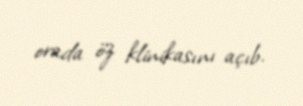
orada öz klinikasını açıb.